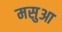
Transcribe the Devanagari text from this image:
मसुआ